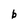
Character: b